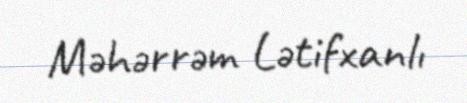
Məhərrəm Lətifxanlı